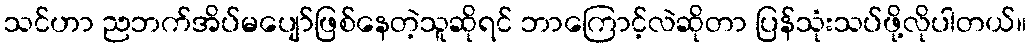
သင်ဟာ ညဘက်အိပ်မပျော်ဖြစ်နေတဲ့သူဆိုရင် ဘာကြောင့်လဲဆိုတာ ပြန်သုံးသပ်ဖို့လိုပါတယ်။